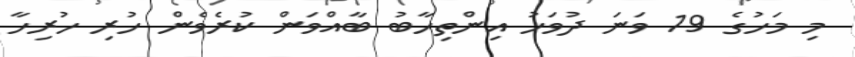
މި މަހުގެ 19 ވަނަ ދުވަހު އިންތިހާބު ބާއްވަން ކުރެވެން ހުރި ހުރިހާ